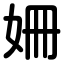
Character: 姍